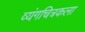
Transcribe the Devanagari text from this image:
व्यंगचित्रकला